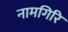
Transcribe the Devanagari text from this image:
नामगिरि